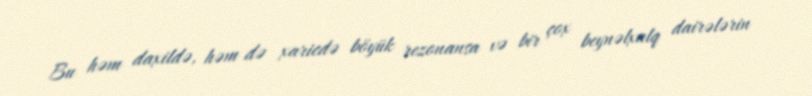
Bu həm daxildə, həm də xaricdə böyük rezonansa və bir çox beynəlxalq dairələrin